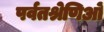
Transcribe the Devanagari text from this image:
पर्वतश्रेणिओं